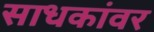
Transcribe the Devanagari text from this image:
साधकांवर